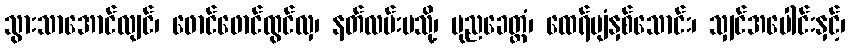
သွားသာအောင်လျင်၊ ဖောင်ဖောင်ထွင်လှ၊ နတ်လမ်းမသို့၊ ပုညခေတ္တံ၊ ထေရ်ပျံနှစ်သောင်း၊ သျှင်အပေါင်းနှင့်၊